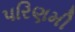
પરિણમી